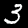
Label: 3